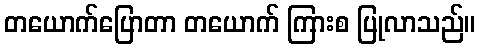
တယောက်ပြောတာ တယောက် ကြားစ ပြုလာသည်။